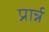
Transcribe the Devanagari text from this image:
प्रार्न्न